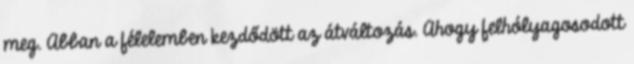
meg. Abban a félelemben kezdődött az átváltozás. Ahogy felhólyagosodott